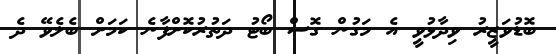
ބޮޑުވަޒީރު ވިދާޅުވީ އެ މަގުން ގޮސް ބޯޓު ދަތުރުކޮށްފާނެ ކަމަށް ބެލެވޭ ދެ